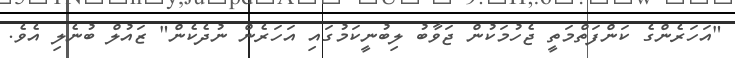
"އަހަރެންގެ ކަންފަތްމަތީ ޖެހުމަކުން ޖަވާބު ލިބުނީކަމުގައި އަހަރެން ނުދެކެން" ޒައުލް ބުނެލި އެވެ.